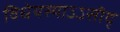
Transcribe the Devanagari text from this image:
विधेयस्याऽऽसीद्